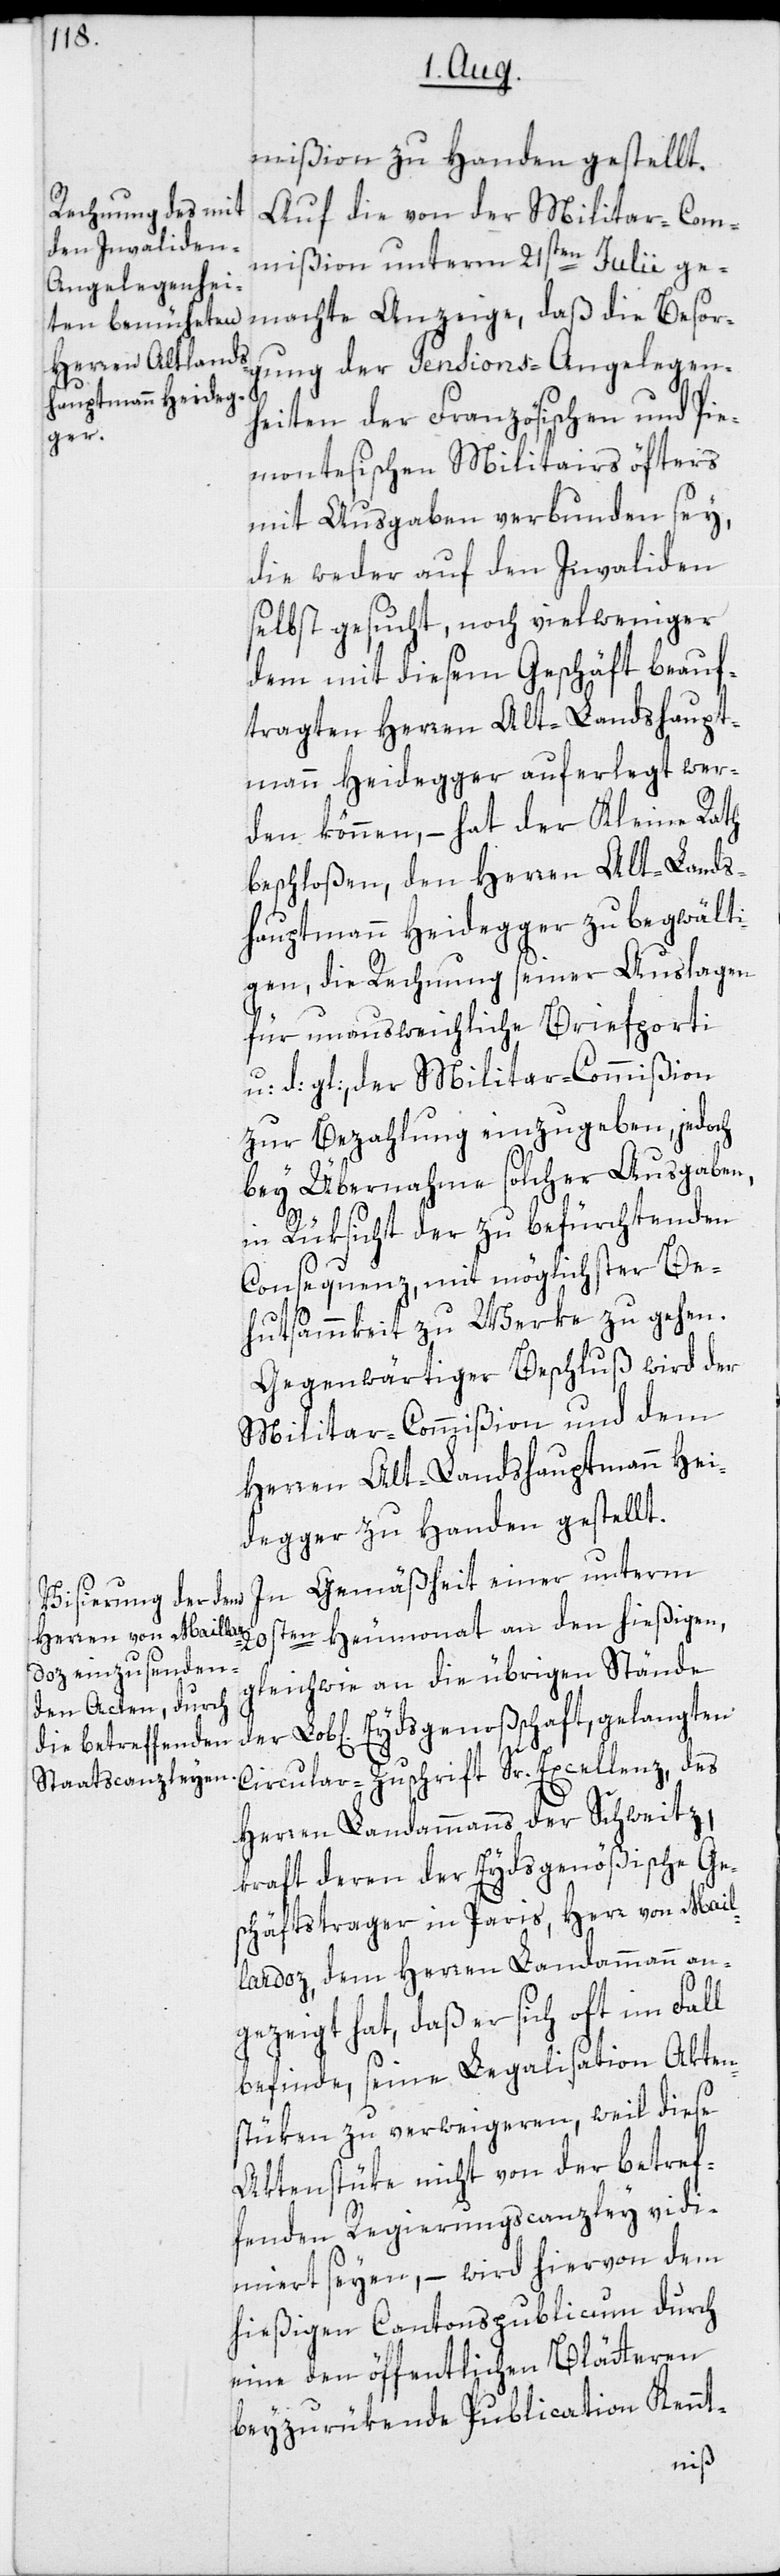
20s¬
mißion zu Handen gestellt.
Auf die von der Militar-Com¬
mißion unterm 21sten Julii ge¬
machte Anzeige, daß die Besor¬
gung der Pensions-Angelegen¬
heiten der Französischen und Pie¬
montesischen Militairs öfters
mit Ausgaben verbunden sey,
die weder auf den Invaliden
selbst gesucht, noch vielweniger
dem mit diesem Geschäft beauf¬
tragten Herren Alt.Landshaupt¬
mann Heidegger auferlegt wer¬
den können, – hat der Kleine Rath
beschloßen, den Herren Alt-Lands¬
hauptmann Heidegger zu begwälti¬
gen, die Rechnung seiner Auslagen
für unausweichliche Briefporti
d: gl:, der Militar-Commißion
zur Bezahlung einzugeben, jedoch
bey Übernahme solcher Ausgaben,
in Rüksicht der zu befürchtenden
Consequenz, mit möglichster Be¬
hutsammkeit zu Werke zu gehen.
Gegenwärtiger Beschluß wird der
Militar-Commißion und dem
Herren Alt-Landshauptmann Hei¬
degger zu Handen gestellt.
In Gemäßheit einer unterm
ten Heumonat an den hießigen,
gleichwie an die übrigen Stände
Circular-Zuschrift Sr. Excellenz, des
Herren Landammanns der Schweitz,
kraft deren der Eydsgenößische Ge¬
schäftstrager in Paris, Herr von Mail¬
lardoz, dem Herren Landammann an¬
gezeigt hat, daß er sich oft im
befinde, seine Legalisation Akten¬
stüken zu verweigeren, weil diese
Aktenstüke nicht von der betref¬
fenden Regierungscanzley vidi¬
miert seyen, – wird hievon dem
hießigen Cantonspublicum durch
eine den öffentlichen Blätteren
beyzurükende Publication Kennt-